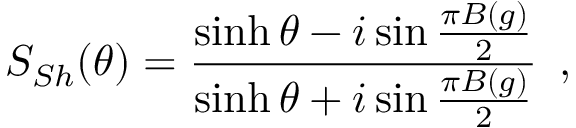
S _ { S h } ( \theta ) = \frac { \sinh \theta - i \sin \frac { \pi B ( g ) } { 2 } } { \sinh \theta + i \sin \frac { \pi B ( g ) } { 2 } } \, \, \, ,